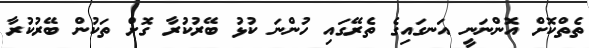
ތެތްކޮށް އޮންނަނީ އަނގައިގެ ތެރޭގައި ހުންނަ ކުޅު ބޭރުކުރާ ގޮށް ތަކުން ބޭރުކުރާ